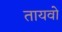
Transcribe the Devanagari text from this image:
तायवो